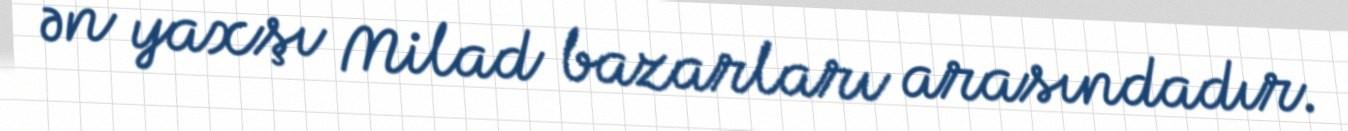
ən yaxşı Milad bazarları arasındadır.